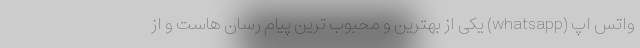
واتس اپ (whatsapp) یکی از بهترین و محبوب ترین پیام رسان هاست و از